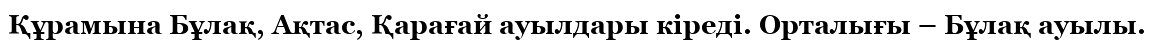
Құрамына Бұлақ, Ақтас, Қарағай ауылдары кіреді. Орталығы – Бұлақ ауылы.